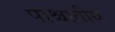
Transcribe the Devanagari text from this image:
पाश्चातीय